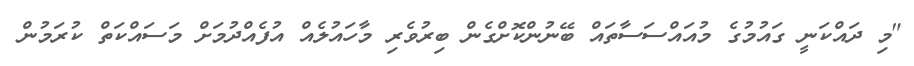
"މި ދައްކަނީ ގައުމުގެ މުއައްސަސާތައް ބޭނުންކޮށްގެން ބިރުވެރި މާހައުލެއް އުފެއްދުމަށް މަސައްކަތް ކުރަމުން